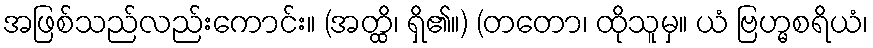
အဖြစ်သည်လည်းကောင်း။ (အတ္ထိ၊ ရှိ၏။) (တတော၊ ထိုသူမှ။ ယံ ဗြဟ္မစရိယံ၊